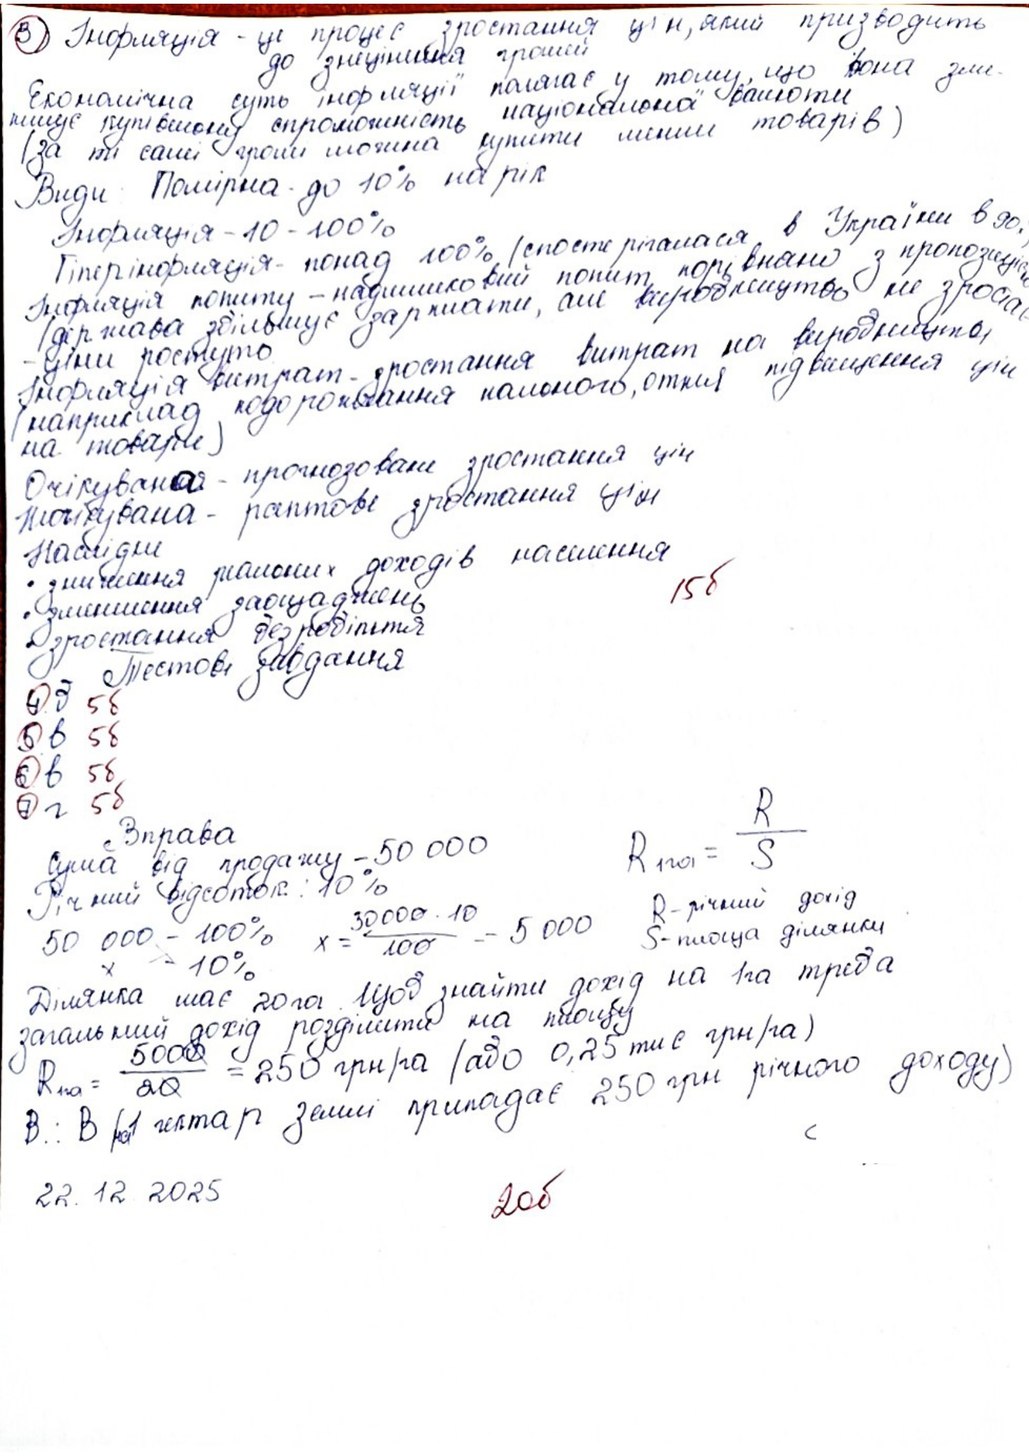
3) Інфляція - це процес зростання цін, який призводить
до знецінення грошей
Економічна суть інфляції полягає у тому, що вона зни
нищує купівельну спроможність національної валюти
(за ті самі гроші можно купити менше товарів)
Види Помірна до 10% на рік
Інфляція - 10-100%
Гіперінфляція - понад 100% (спостерігалася в Україні в 90.
Інфляція попиту - надлишковий попит порівнянно з пропозицією
(держава збільшує зарплати, але виробництво не зростає
Інфляція витрат - зростання витрат на виробництво
ціни ростуть
(наприклад подорожання пального, отже підвищення цін
на товари
Очікувана - прогнозоване зростання цін
неочікувана - раптове зростання цін
Наслідки
• зниження реальних доходів населення
15 б
•  зменшення заощаджень
• зростання безробіття
Тестові завдання
4) в 5 б
5) в 5 б
6) в 5 б
R_{1201} = \frac{R}{S}
7) г 5 б
Вправа
Сума від продажу - 50 000
Річний відсоток: 10%
R - річний дохід
x = 3000 * 10 / 100 = 5 000
5000 - 100%
S - площа ділянки
х - 10%
Ділянка має 20 га. Щоб знайти дохід на 1 га треба
загальний дохід розділити на площу
R1а = 500~~0~~ / 2~~0~~ = 250 грн/га (або 0,25 тис грн/га)
В: В (1 гегтар землі припадає 250 грн річного доходу)
22. 12. 2025
20б